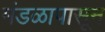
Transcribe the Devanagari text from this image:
मंडळापासून